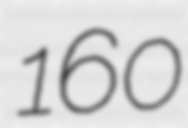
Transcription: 160